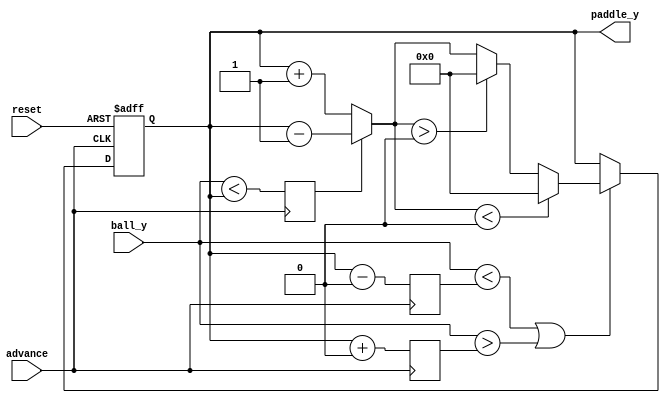
// ====================================================================
//                              MAH PONK
//
// Copyright (C) 2007, Viacheslav Slavinsky
// This design and core is distributed under modified BSD license. 
// For complete licensing information see LICENSE.TXT.
// -------------------------------------------------------------------- 
// An open table tennis game for VGA displays.
//

module robohand(reset, advance, ball_y, paddle_y);
	// paddle Y location (0-480)
	parameter PADDLESIZE   = 10'd0;
	parameter SCREENHEIGHT = 10'd0;

	input reset;
	input advance;
	input [9:0] ball_y;
	output reg[9:0] paddle_y;

	// paddle move direction 0 = +, 1 = -
	reg paddleDir;
	reg [9:0] ptop;
	reg [9:0] pbot;
	reg [2:0] increment;
	
	always @(negedge advance or posedge reset) begin
		if (reset) begin
			paddle_y <= SCREENHEIGHT/2;
		end
		else begin
			if (ball_y < ptop || ball_y > pbot) 
				paddle_y <= paddlelimiter(paddleDir == 1'b0 ? paddle_y + 1'b1 : paddle_y - 1'b1);
		end
	end
	
	always @(posedge advance) begin
		ptop <= paddle_y - PADDLESIZE/2;
		pbot <= paddle_y + PADDLESIZE/2;
		paddleDir <= ball_y < paddle_y;
	end
	
	function [9:0] paddlelimiter;
	input [9:0] py;
	begin
		if (py < PADDLESIZE/2) 
			paddlelimiter = PADDLESIZE/2;
		else 
		if (py > SCREENHEIGHT-PADDLESIZE/2)
			paddlelimiter = SCREENHEIGHT-PADDLESIZE/2;
		else
			paddlelimiter = py;
	end
	endfunction
	
endmodule


// $Id: robohand.v,v 1.4 2007/08/27 22:14:50 svo Exp $